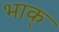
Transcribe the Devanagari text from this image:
भाक्‌